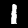
Digit: 1